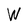
Character: W